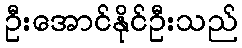
ဦးအောင်နိုင်ဦးသည်